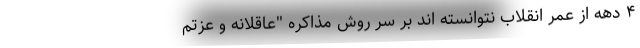
۴ دهه از عمر انقلاب نتوانسته اند بر سر روش مذاکره "عاقلانه و عزتم